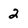
Character: 2